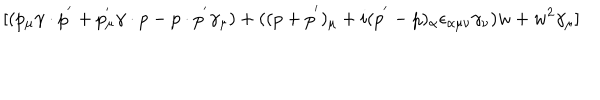
LaTeX: \lbrack ( p _ { \mu } \gamma \cdot p ^ { ^ { \prime } } + p _ { \mu } ^ { ^ { \prime } } \gamma \cdot p - p \cdot p ^ { ^ { \prime } } \gamma _ { \mu } ) + ( ( p + p ^ { ^ { \prime } } ) _ { \mu } + i ( p ^ { ^ { \prime } } - p ) _ { \alpha } \epsilon _ { \alpha \mu \nu } \gamma _ { \nu } ) w + w ^ { 2 } \gamma _ { \mu } ]